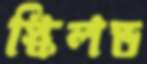
স্কিলড